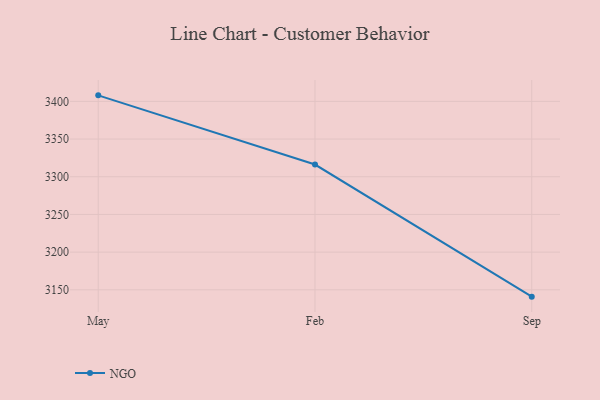
{"axis": {"x": "Month", "y": "Energy Usage (MWh)"}, "legend": ["NGO"], "data": [{"x": "May", "y": 3408.0, "type": "NGO"}, {"x": "Feb", "y": 3316.2, "type": "NGO"}, {"x": "Sep", "y": 3140.9, "type": "NGO"}]}